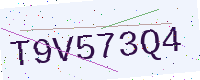
Text: T9V573Q4